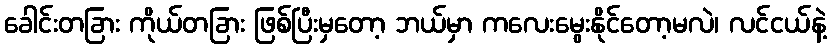
ခေါင်းတခြား ကိုယ်တခြား ဖြစ်ပြီးမှတော့ ဘယ်မှာ ကလေးမွေးနိုင်တော့မလဲ၊ လင်ငယ်နဲ့